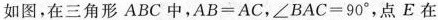
如图，在三角形 ABC 中，$$A B = A C$$，$$∠ B A C = 9 0 °$$，点E在